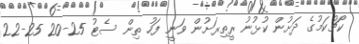
ކޯޗުކަމުގެ ދަށުން ކުޅުނު ރީތިރަށުން ވަނީ ފަހު ތިން ސެޓު 25-20 25-22